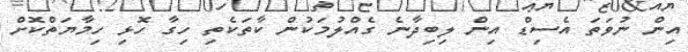
އިން ނުވަތަ އެސިޑް އިން ލިބިދާނެ ގެއްލުމަކުން ކާތަކެތި ހިގާ ހޮޅި ހިމާޔަތްކޮށް